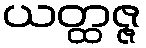
ယတ္ထဇ္ဇ